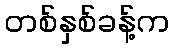
တစ်နှစ်ခန့်က